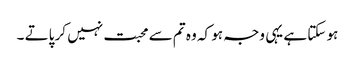
ہو سکتا ہے یہی وجہ ہو کہ وہ تم سے محبت نہیں کر پاتے ۔